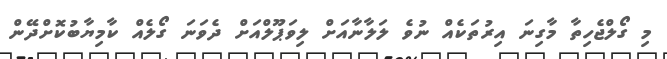
މި ގޯލްޖެހިތާ މާގިނަ އިރުތަކެއް ނުވެ ލަލާނާއަށް ލިވަޕޫލްއަށް ދެވަނަ ގޯލެއް ކާމިޔާބުކޮށްދޭން